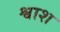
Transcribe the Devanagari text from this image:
श्वाश